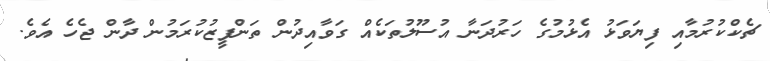
ޗެކްކުރުމާއި ފިޔަވަޅު އެޅުމުގެ ހަރުދަނާ އުސޫލުތަކެއް ގަވާއިދުން ތަންފީޒުކުރަމުން ދާން ޖެހެ އެވެ.